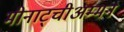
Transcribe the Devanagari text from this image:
मीनाट्चीअम्मन